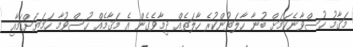
މަޤާމު ހުސްވާނެކަމަށް ބުނާ ހާލަތުންކުރެ ހާލަތެއް ދިމާވެގެން އެ މަޤާމެއް ހުސްވުމާ ހަމަޔަށްކަމާއި